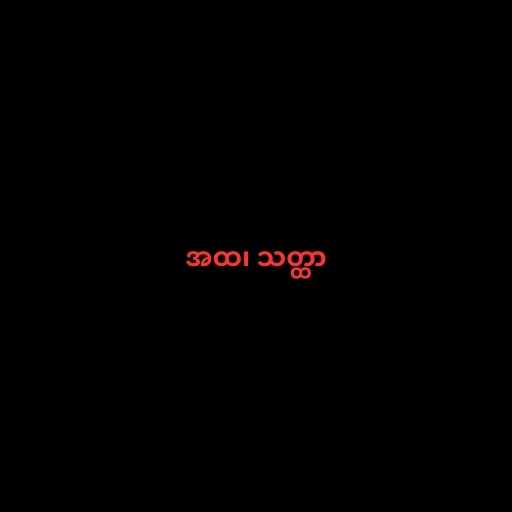
အထ၊ သတ္ထာ